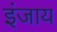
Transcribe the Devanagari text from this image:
इंजाय